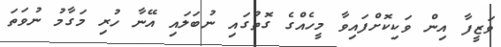
ވަޒީފާ އިން ވަކިކޮށްފައިވާ މީހެއްގެ ގޮތުގައި ނުބަލައި އޭނާ ހުރި މަގާމު ނުވަތަ